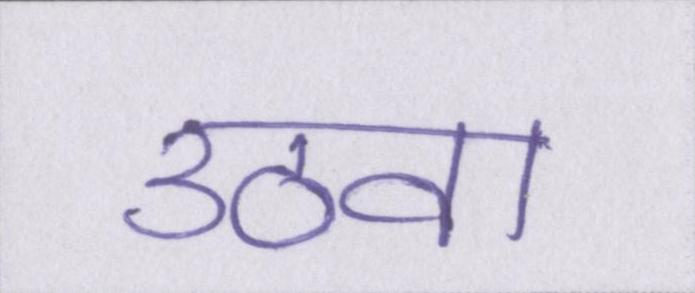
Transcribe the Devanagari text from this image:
उठवा